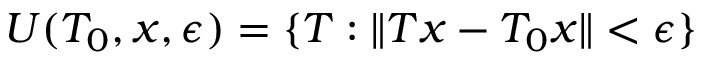
U ( T _ { 0 } , x , \epsilon ) = \{ T : \| T x - T _ { 0 } x \| < \epsilon \}